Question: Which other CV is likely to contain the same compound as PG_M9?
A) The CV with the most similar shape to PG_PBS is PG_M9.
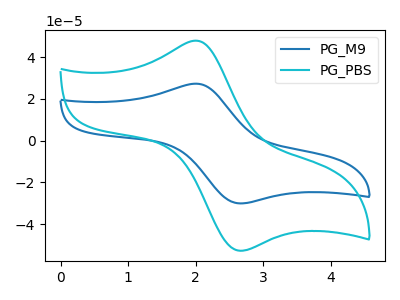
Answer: <think>The blue curve "PG_M9" has an anodic peak at (2.00V, 27.30uA) and a cathodic peak at (2.65V, -30.10uA). The cyan curve "PG_PBS" has an anodic peak at (2.00V, 47.95uA) and a cathodic peak at (2.65V, -52.80uA).
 All the peaks in "PG_M9" have a peak in "PG_PBS" at the same potential. Every peak in "PG_M9" is lower than every peak in "PG_PBS".</think>
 <answer>A) The CV with the most similar shape to "PG_PBS" is "PG_M9".</answer>
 <eval>A</eval>